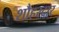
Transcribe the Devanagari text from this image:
शौहरदार